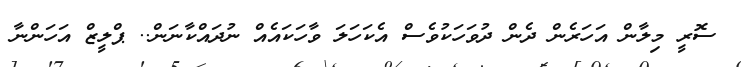
ސޮރީ މިލާން އަހަރެން ދެން ދުވަހަކުވެސް އެކަހަލަ ވާހަކައެއް ނުދައްކާނަން.. ޕްލީޒް އަހަންނާ